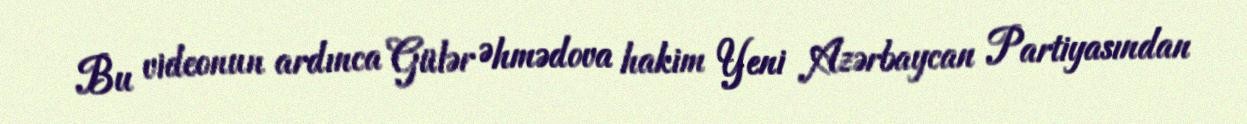
Bu videonun ardınca Gülər Əhmədova hakim Yeni Azərbaycan Partiyasından